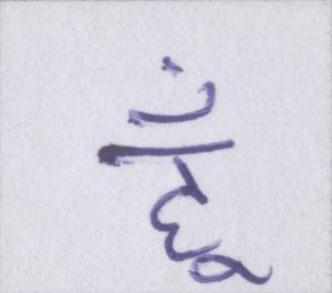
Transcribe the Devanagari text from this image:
हूँ